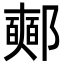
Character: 𨟉